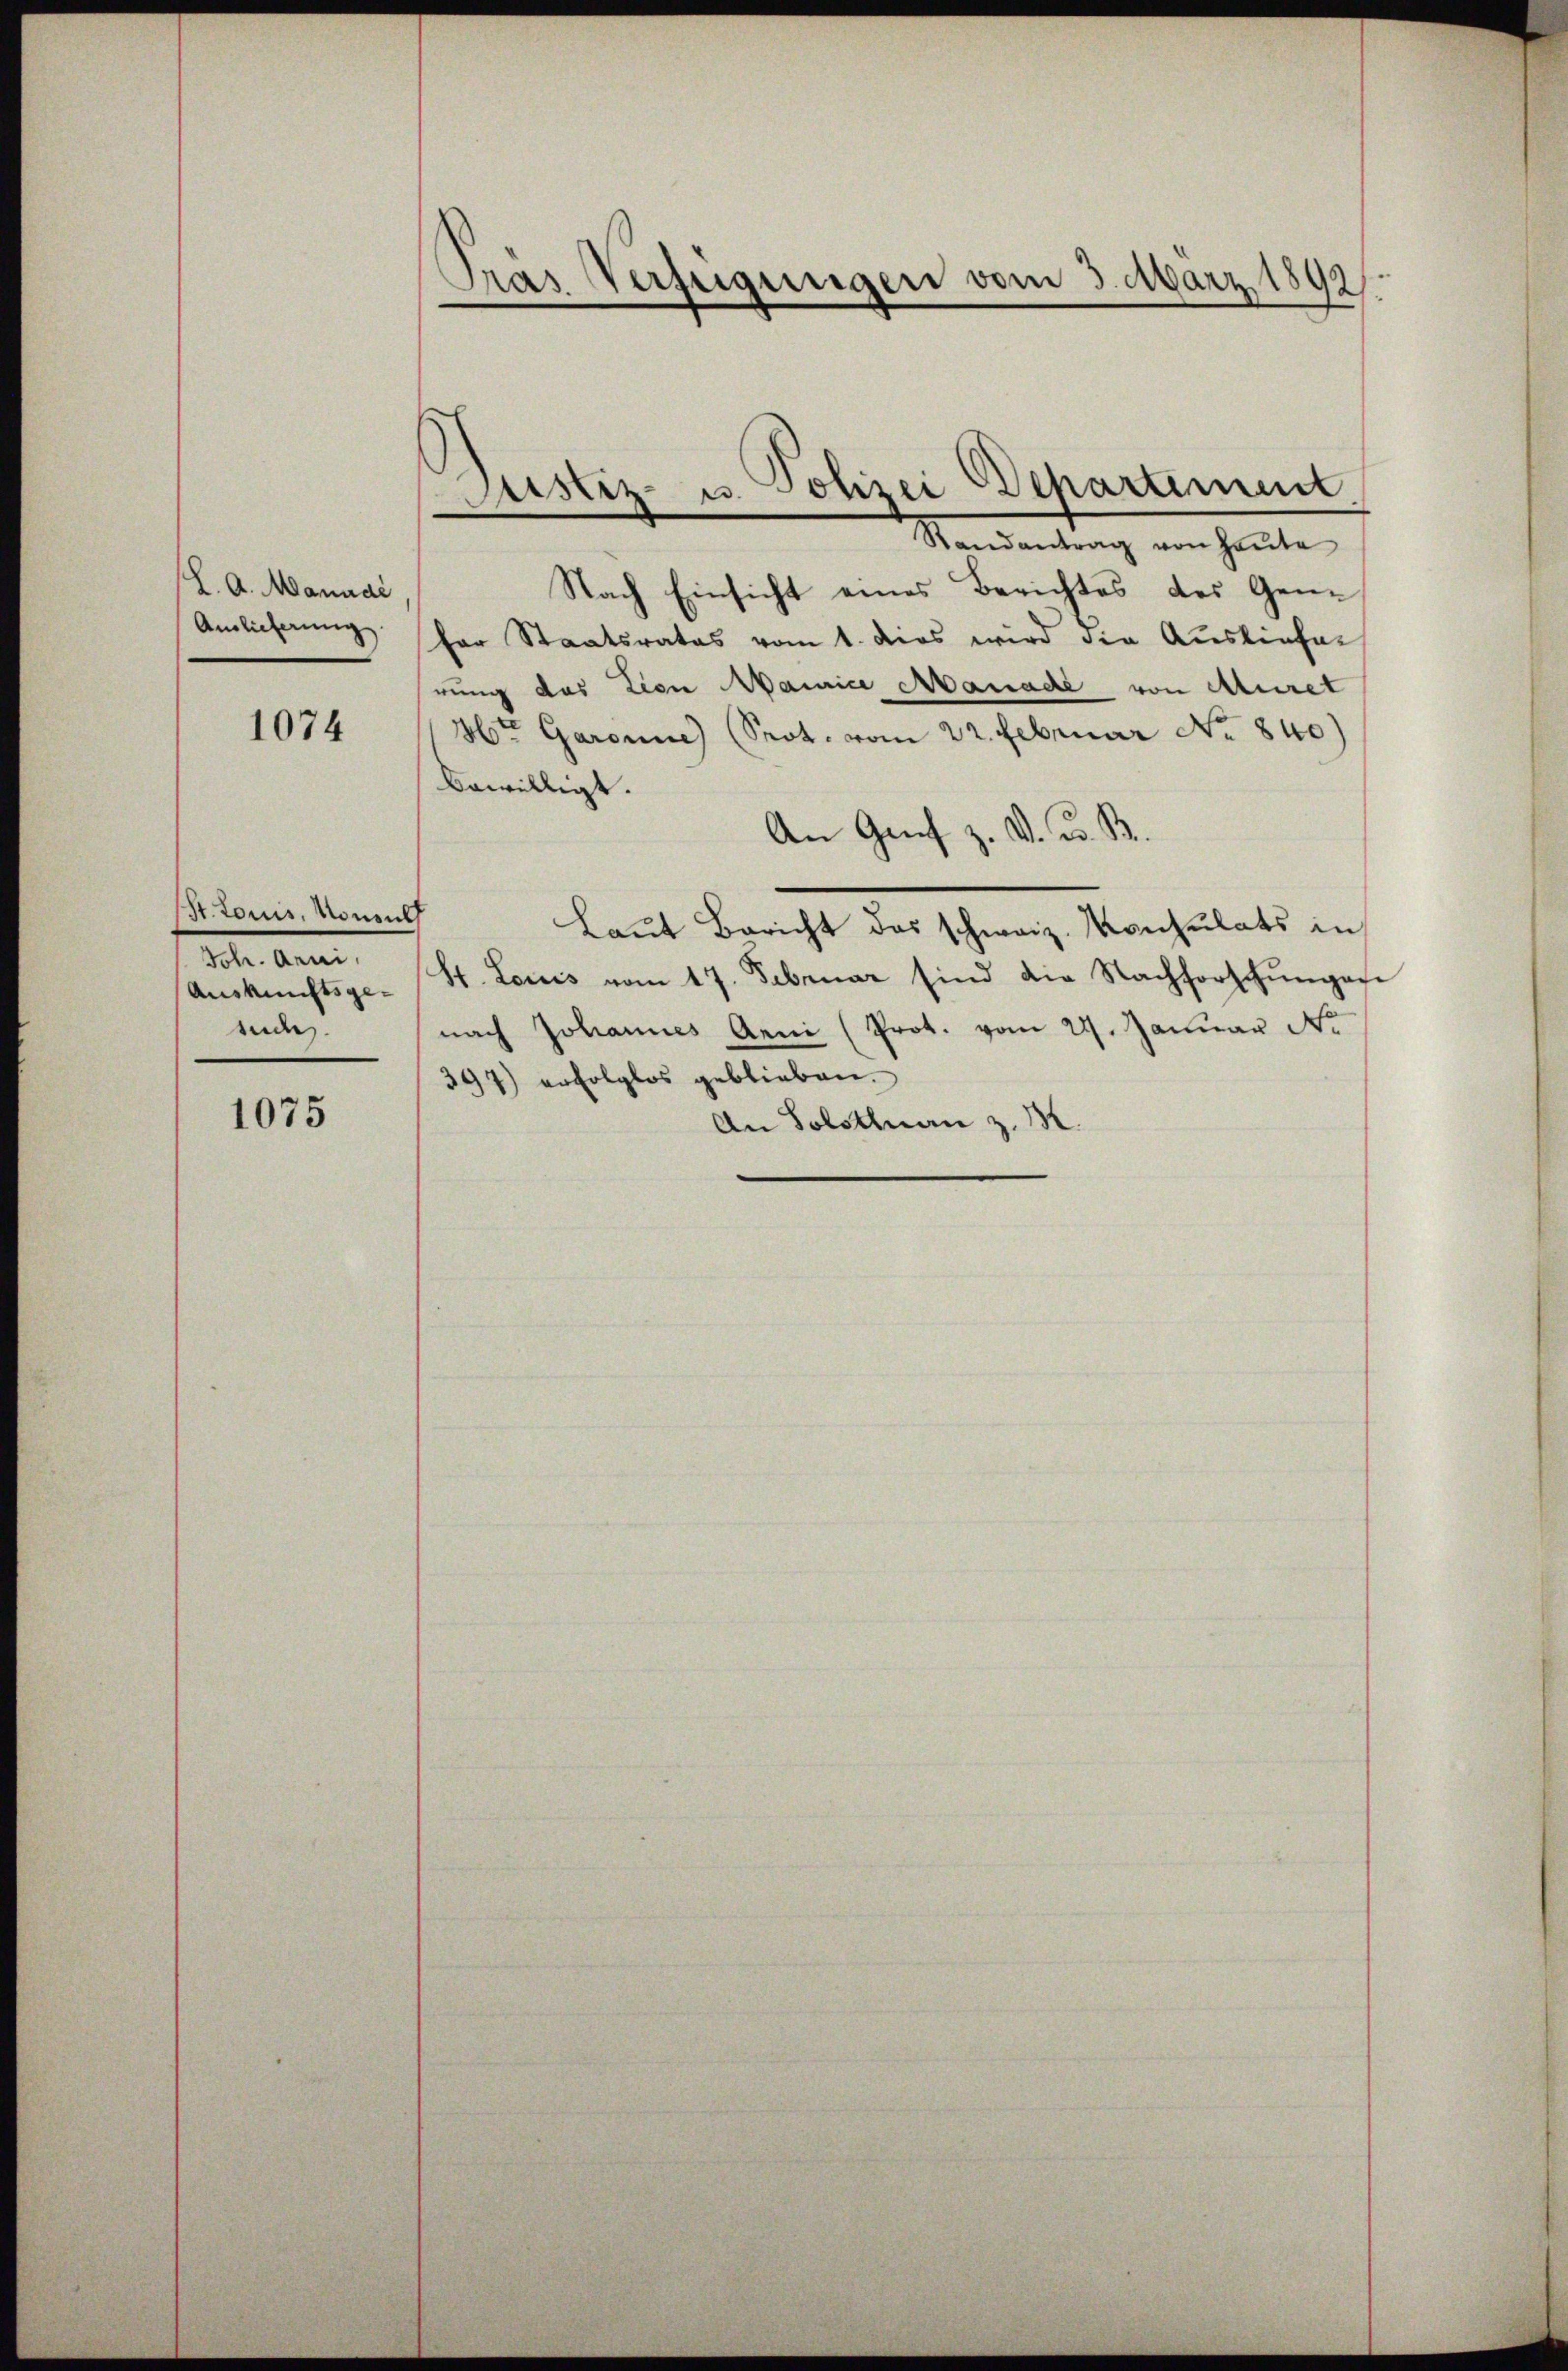
J. A. Manndi
Anlieferung

1074

St. Louis, Konsul
Sch. Arni,
Auskunftsgesude.

1075

Pras Verfügungen vom 3. März 1892

Justiz- u. Polizei Departement.

Randantrag von Haŭte
Nach Einsicht eines Berichtes des Gene
fer Staatsrates vom 1. dies wird die Ausliefer
rung des tien Mainice Manade von Auret
4te Garanne) (Seot. vom 22. Februar No 840)
bewilligt.
An Genf z. V. D. B.
Laut Bericht das schweiz. Konsulats in
St. Louis vom 17. Februar sind die Nachforschŭngese
nach Johannes Aeni (Prot. vom 22. Januar de
397) erfolglos geblieben.
An Solstenan z. M.